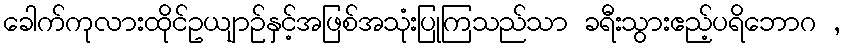
ခေါက်ကုလားထိုင်ဥယျာဉ်နှင့်အဖြစ်အသုံးပြုကြသည်သာ ခရီးသွားဧည့်ပရိဘောဂ ,